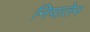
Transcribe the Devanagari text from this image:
निपातेन